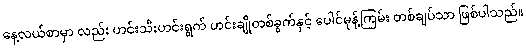
နေ့လယ်စာမှာ လည်း ဟင်းသီးဟင်းရွက် ဟင်းချိုတစ်ခွက်နှင့် ပေါင်မုန့်ကြမ်း တစ်ချပ်သာ ဖြစ်ပါသည်။